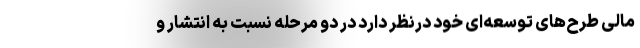
مالی طرح‌های توسعه‌ای خود درنظر دارد در دو مرحله نسبت به انتشار و